Leaving Certificate Examination (including Day School Certificate (Higher) General paper), 1937
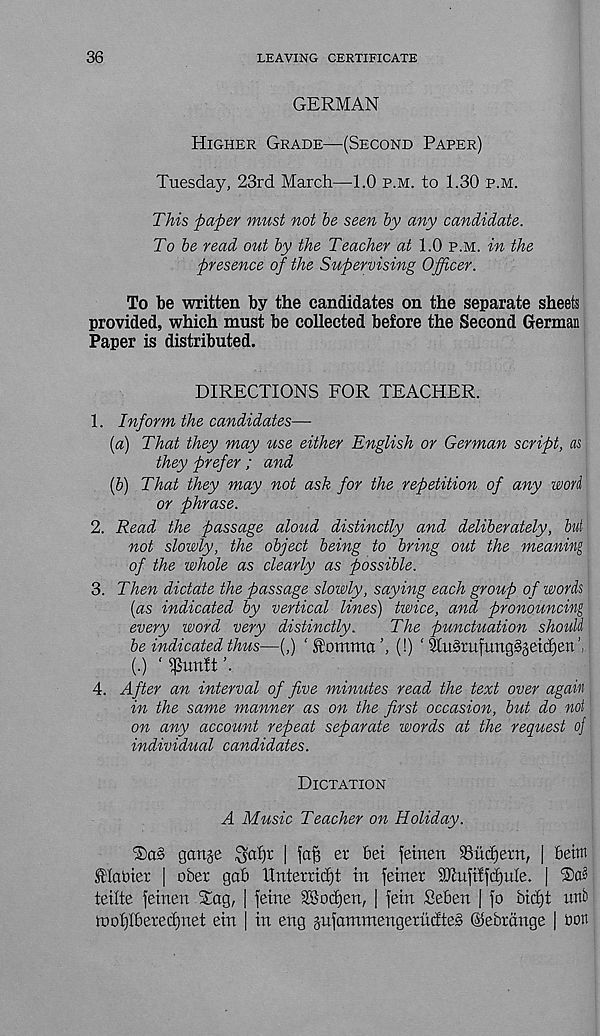
36
LEAVING CERTIFICATE
GERMAN
Higher Grade—(Second Paper)
Tuesday, 23rd March—1.0 p.m. to 1.30 p.m.
This paper must not be seen by any candidate.
To be read out by the Teacher at 1.0 p.m. in the
presence of the Supervising Officer.
To be written by the candidates on the separate sheets
provided, which must be collected before the Second German
Paper is distributed.
DIRECTIONS FOR TEACHER.
1. Inform the candidates—
(a) That they may use either English or German script, as
they prefer ; and
(p) That they may not ask for the repetition of any wori
or phrase.
2. Read the passage aloud distinctly and deliberately, but
not slowly, the object being to bring out the meaning
of the whole as clearly as possible.
3. Then dictate the passage slowly, saying each group of words
[as indicated by vertical lines) twice, and pronouncing
every word very distinctly.
The punctuation should
be indicated thus—(,) ‘ tomma ’,(!)' 3Iu3rufung§§etd)ett
(.)
4. After an interval of five minutes read the text over again
in the same manner as on the first occasion, but do not
on any account repeat separate words at the request oj
individual candidates.
Dictation
A Music Teacher on Holiday.
‘SaS gange $at)r | faf) er 6ei fetnen SSxi^etn, | Beim
tSHabier | ober gab Hntemd)t in feiner SEufilfctjuIe. |
teilte feinen Sag, | feme Sffiodjen, | fein Seben | fo btd)t unb
luof)Iberecf)net ein | in eng jufammengerMteS ©ebrdnge | bon